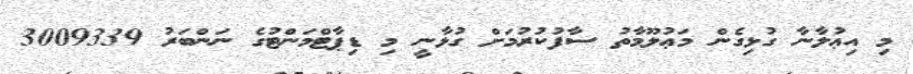
މި އިޢުލާނާ ގުޅިގެން މަޢުލޫމާތު ސާފުކުރުމަށް ގުޅާނީ މި ޑިޕާޓްމަންޓުގެ ނަންބަރު 3009339